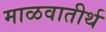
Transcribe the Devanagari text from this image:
माळवातीर्थ